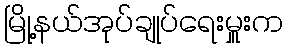
မြို့နယ်အုပ်ချုပ်ရေးမှူးက